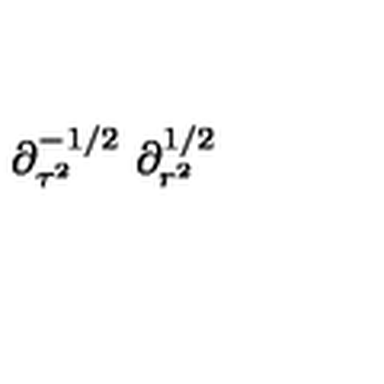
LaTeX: \partial _ { \tau ^ { 2 } } ^ { - 1 / 2 } \ \partial _ { r ^ { 2 } } ^ { 1 / 2 }